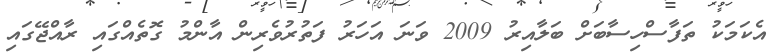
އެކަމަކު ތަފާސްހިސާބަށް ބަލާއިރު 2009 ވަނަ އަހަރު ފަތުރުވެރިން އާންމު ގޮތެއްގައި ރާއްޖޭގައި